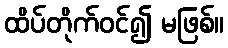
ထိပ်တိုက်ဝင်၍ မဖြစ်။